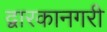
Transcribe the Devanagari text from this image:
द्वारकानगरी